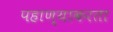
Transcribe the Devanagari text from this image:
पहाण्याकरता